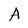
Character: A